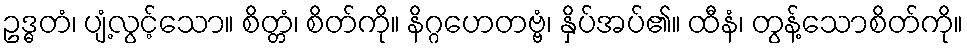
ဥဒ္ဓတံ၊ ပျံ့လွင့်သော။ စိတ္တံ၊ စိတ်ကို။ နိဂ္ဂဟေတဗ္ဗံ၊ နှိပ်အပ်၏။ ထီနံ၊ တွန့်သောစိတ်ကို။